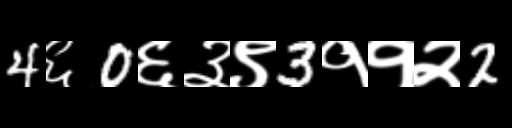
Text: 4६0६३९3११२2